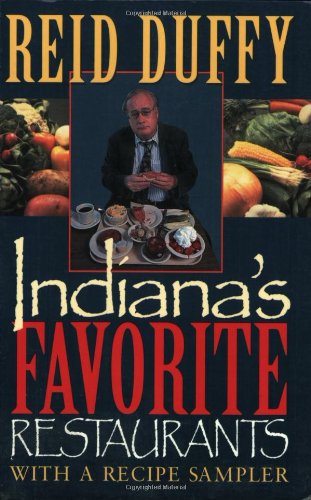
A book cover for Indiana's Favorite Restaurants: With a Recipe Sampler; Reid Duffy; Travel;